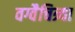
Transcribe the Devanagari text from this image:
वग्वैचित्र्या